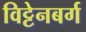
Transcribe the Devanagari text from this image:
विट्टेनबर्ग